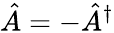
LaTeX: \hat{A}=-\hat{A}^{\dagger}